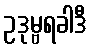
ဥဒုမ္ဗရခါဒီ